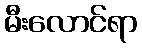
မီးလောင်ရာ